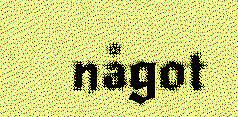
något